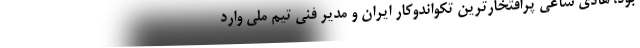
بود، هادی ساعی پرافتخارترین تکواندوکار ایران و مدیر فنی تیم ملی وارد